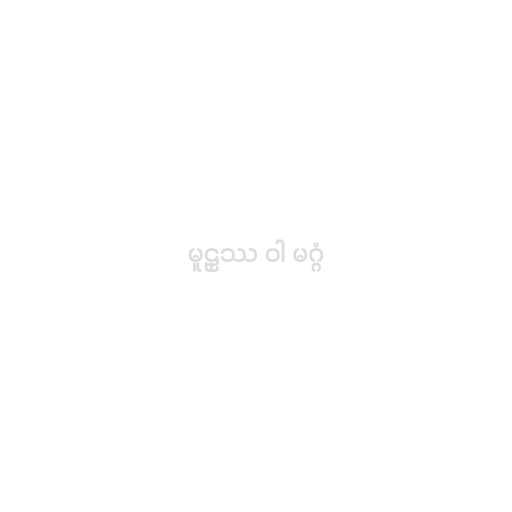
မူဠှဿ ဝါ မဂ္ဂံ